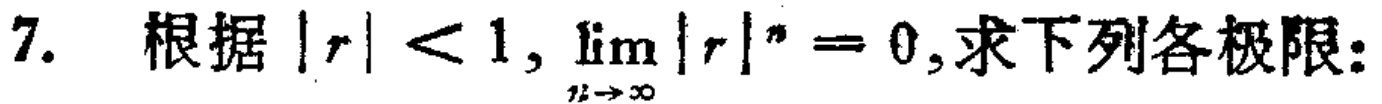
7. 根据\(|r| < 1, \lim\limits_{n \to \infty} |r|^n = 0\),求下列各极限：